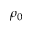
\rho _ { 0 }